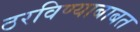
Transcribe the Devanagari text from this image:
ठरविण्याबाबत